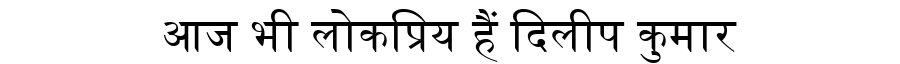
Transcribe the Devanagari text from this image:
आज भी लोकप्रिय हैं दिलीप कुमार